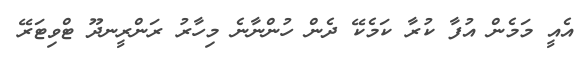
އެއީ މަމެން އުފާ ކުރާ ކަމެކޭ ދެން ހުންނާނެ މިހާރު ރަންރީނދޫ ޓްވިޓަރޭ